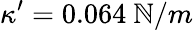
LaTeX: \kappa^{\prime}=0.064\ \mathbb{N}/m